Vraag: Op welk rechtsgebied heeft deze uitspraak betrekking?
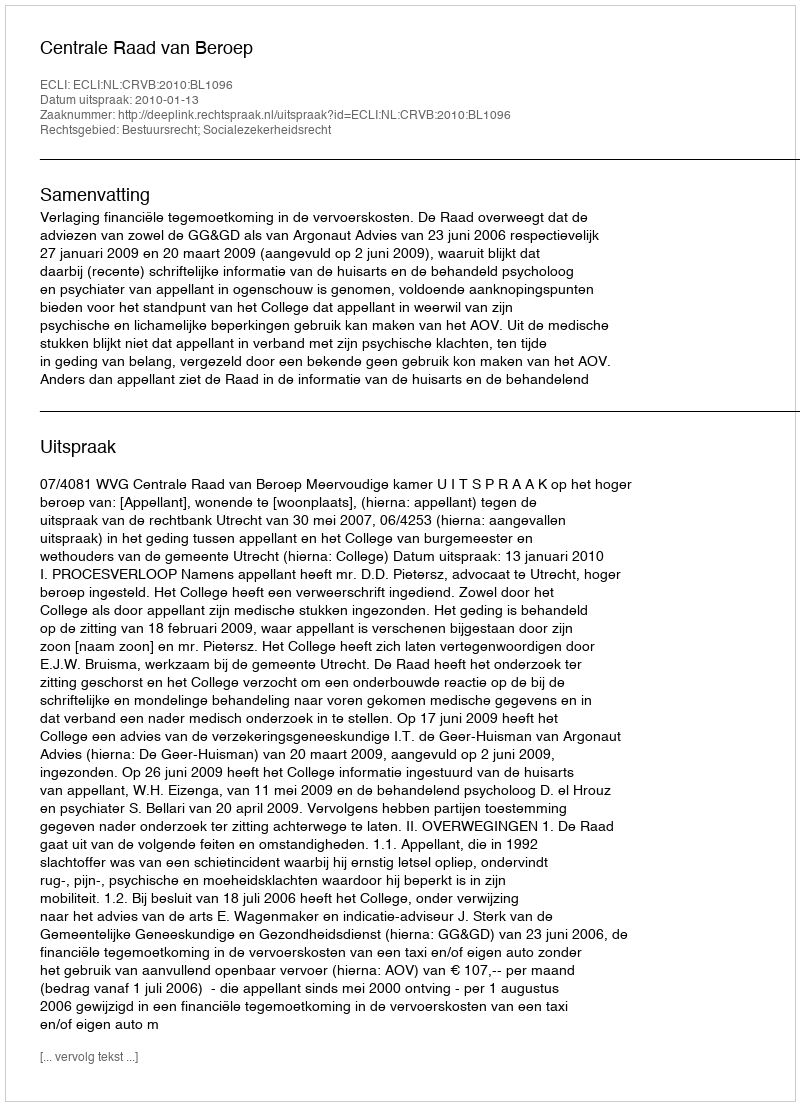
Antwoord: Bestuursrecht; Socialezekerheidsrecht